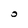
Character: 0